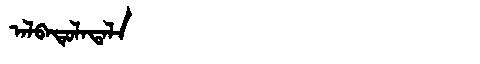
Manchu: ᠠᠯᠪᠠᡨᡠᠯᠠᡨᠠᠯᠠ
Romanization: ALBATULATALA